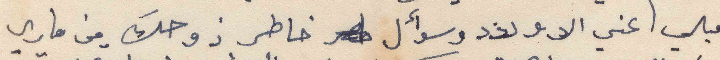
قبلي عني الاولاد وسؤال خاطر زوجك من ماري